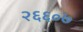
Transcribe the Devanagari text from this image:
२६६०७